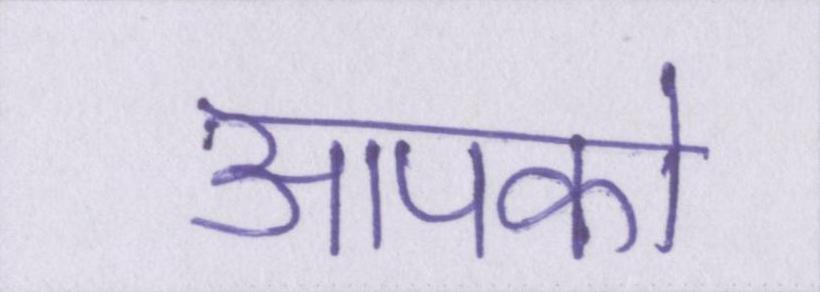
आपको